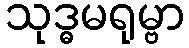
သုဒ္ဓမရုမ္ဗာ